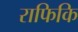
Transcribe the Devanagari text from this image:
राफिकि